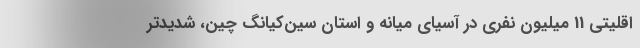
اقلیتی 11 میلیون نفری در آسیای میانه و استان سین‌کیانگ چین، شدیدتر